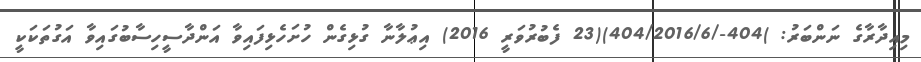
މިއިދާރާގެ ނަންބަރު: )404-/404/2016/6)(23 ފެބުރުވަރީ 2016) އިޢުލާނާ ގުޅިގެން ހުށަހެޅިފައިވާ އަންދާސީހިސާބުގައިވާ އަގުތަކަކީ